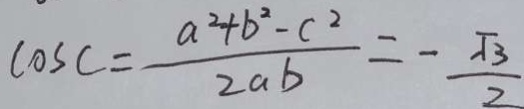
\cos C = \frac { a ^ { 2 } + b ^ { 2 } - c ^ { 2 } } { 2 a b } = - \frac { \sqrt { 3 } } { 2 }